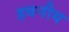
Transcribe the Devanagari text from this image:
हवनीय